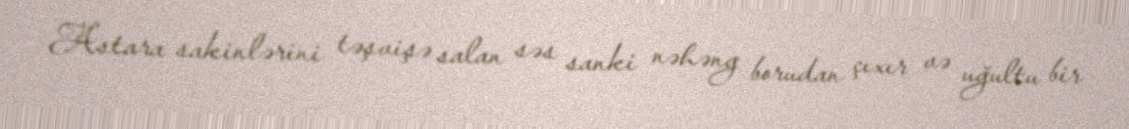
Astara sakinlərini təşvişə salan səs sanki nəhəng borudan çıxır və uğultu bir